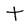
Character: t